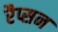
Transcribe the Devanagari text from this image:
रैप्सन